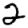
Digit: 2